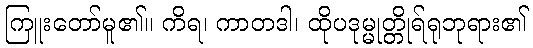
ကြူးတော်မူ၏။ ကိရ၊ ကာတဒါ၊ ထိုပဒုမ္မုတ္တိုရ်ရုဘုရား၏